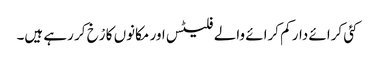
کئی کرائے دار کم کرائے والے فلیٹس اور مکانوں کا رْخ کر رہے ہیں۔